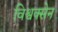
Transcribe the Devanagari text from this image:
विश्वक्सेन